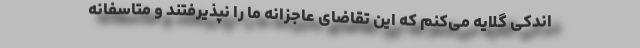
اندکی گلایه می‌کنم که این تقاضای عاجزانه ما را نپذیرفتند و متاسفانه